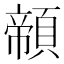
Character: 䫕